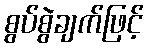
စွပ်စွဲချက်ဖြင့်